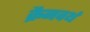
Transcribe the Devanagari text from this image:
क्रैनवर्थ